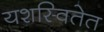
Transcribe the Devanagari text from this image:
यशस्वितेत